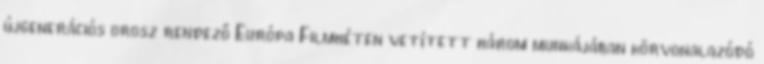
újgenerációs orosz rendező Európa Filmhéten vetített három munkájában körvonalazódó